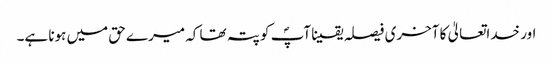
اور خداتعالیٰ کا آخری فیصلہ یقینا آپؐ کو پتہ تھا کہ میرے حق میں ہونا ہے۔